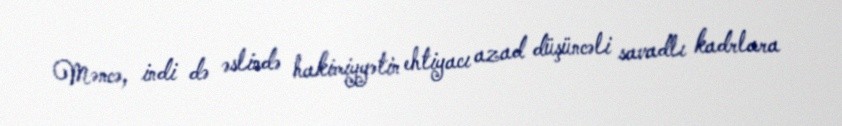
Məncə, indi də əslində hakimiyyətin ehtiyacı azad düşüncəli savadlı kadrlara